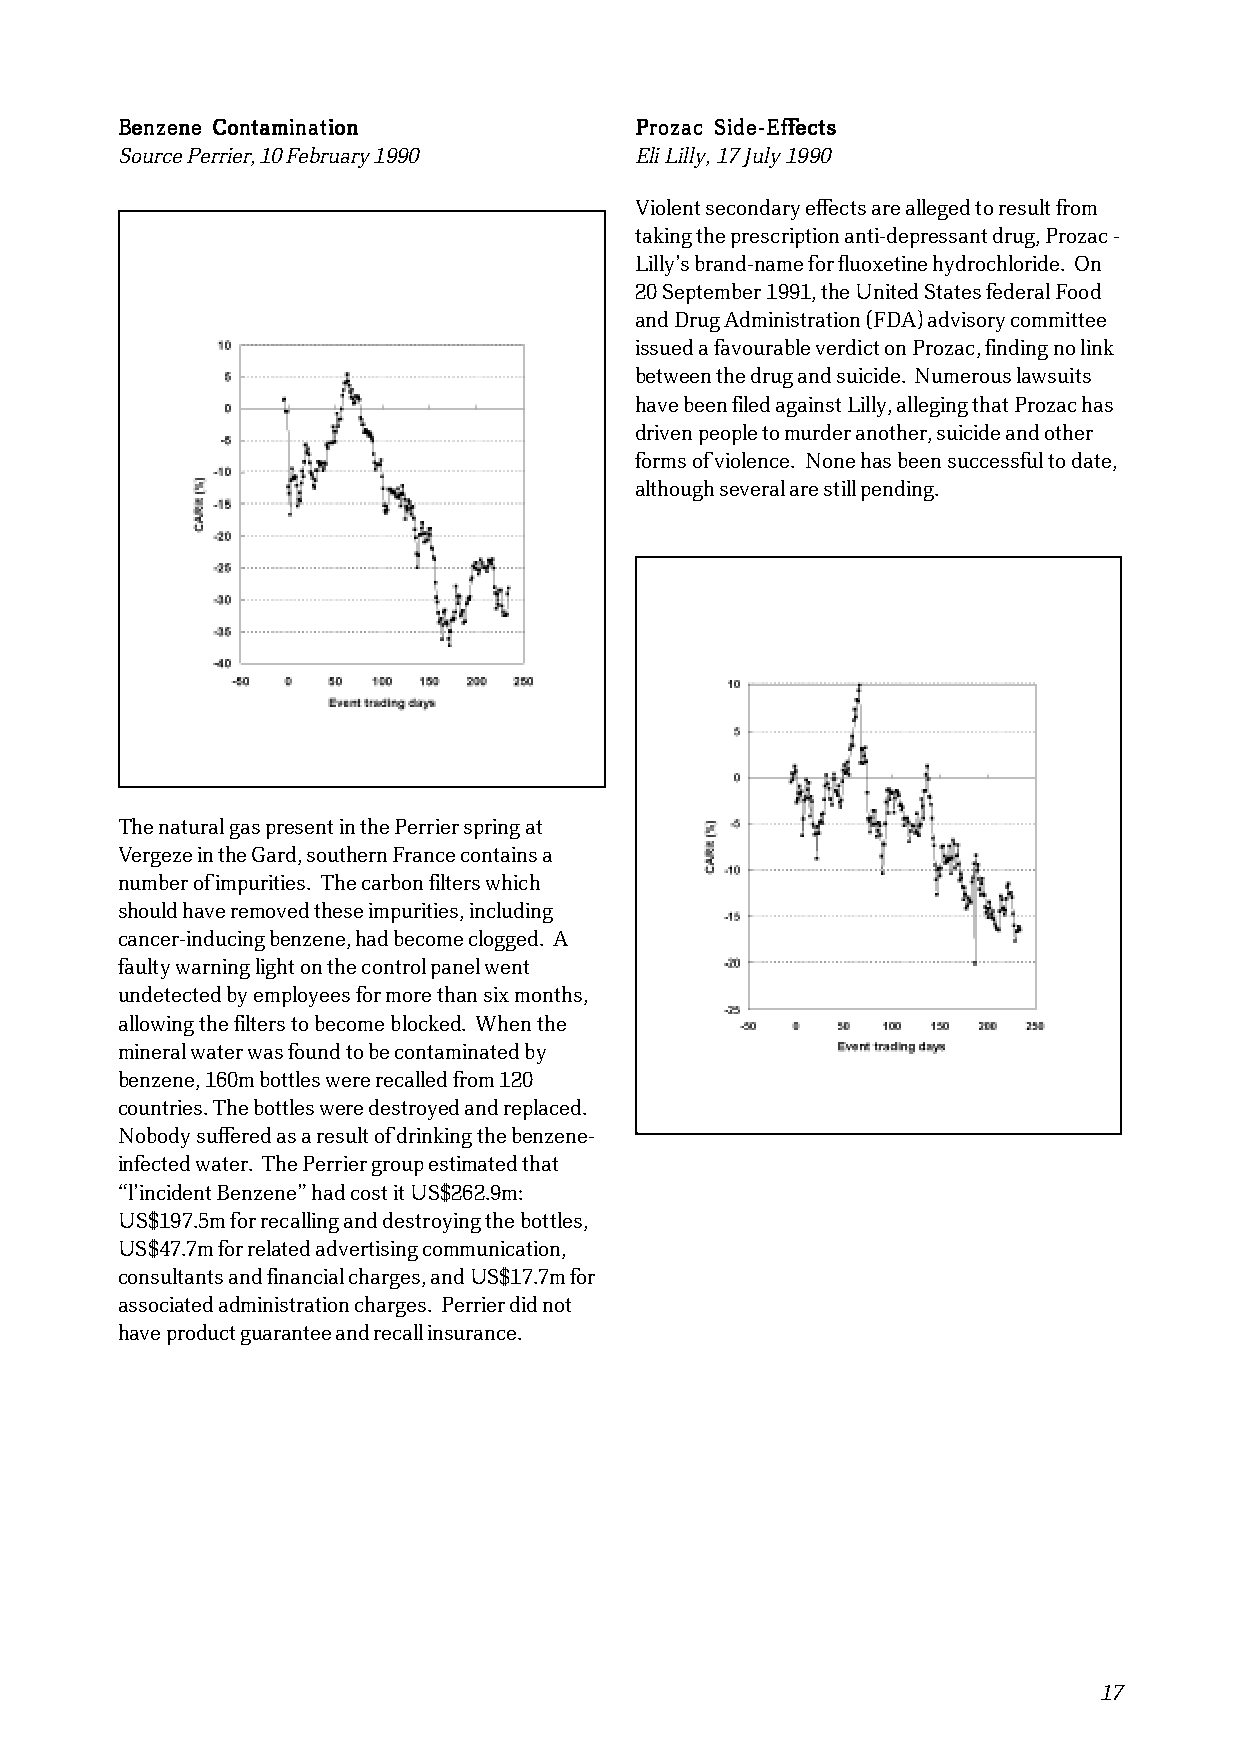
BBBBBeeeeennnnnzzzzzeeeeennnnneeeee CCCCCooooonnnnntttttaaaaammmmmiiiiinnnnnaaaaatttttiiiiiooooonnnnn PPPPPrrrrrooooozzzzzaaaaaccccc SSSSSiiiiidddddeeeee-----EEEEEffffffffffeeeeeccccctttttsssss
 Source Perrier, 10 February 1990  Eli Lilly, 17 July 1990
 Violent secondary effects are alleged to result from
 taking the prescription anti-depressant drug, Prozac -
 Lilly’s brand-name for fluoxetine hydrochloride. On
 20 September 1991, the United States federal Food
 and Drug Administration (FDA) advisory committee
 issued a favourable verdict on Prozac, finding no link
 between the drug and suicide. Numerous lawsuits
 have been filed against Lilly, alleging that Prozac has
 driven people to murder another, suicide and other
 forms of violence. None has been successful to date,
 although several are still pending.
 The natural gas present in the Perrier spring at
 Vergeze in the Gard, southern France contains a
 number of impurities. The carbon filters which
 should have removed these impurities, including
 cancer-inducing benzene, had become clogged. A
 faulty warning light on the control panel went
 undetected by employees for more than six months,
 allowing the filters to become blocked. When the
 mineral water was found to be contaminated by
 benzene, 160m bottles were recalled from 120
 countries. The bottles were destroyed and replaced.
 Nobody suffered as a result of drinking the benzene-
 infected water. The Perrier group estimated that
 “l’incident Benzene” had cost it US$262.9m:
 US$197.5m for recalling and destroying the bottles,
 US$47.7m for related advertising communication,
 consultants and financial charges, and US$17.7m for
 associated administration charges. Perrier did not
 have product guarantee and recall insurance.
 17